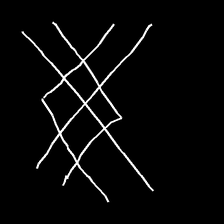
Glyph: crystal